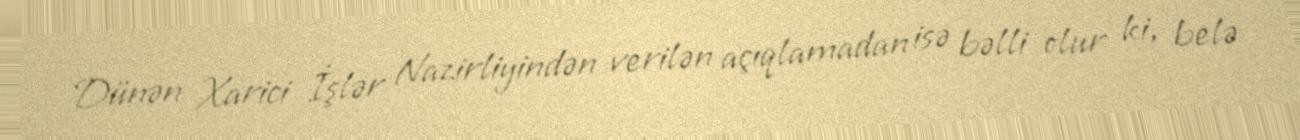
Dünən Xarici İşlər Nazirliyindən verilən açıqlamadan isə bəlli olur ki, belə